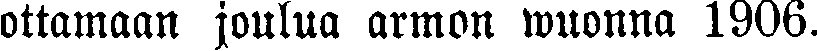
ottamaan joulua armon wuonna 1906.